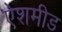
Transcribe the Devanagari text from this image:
ऐशमीड